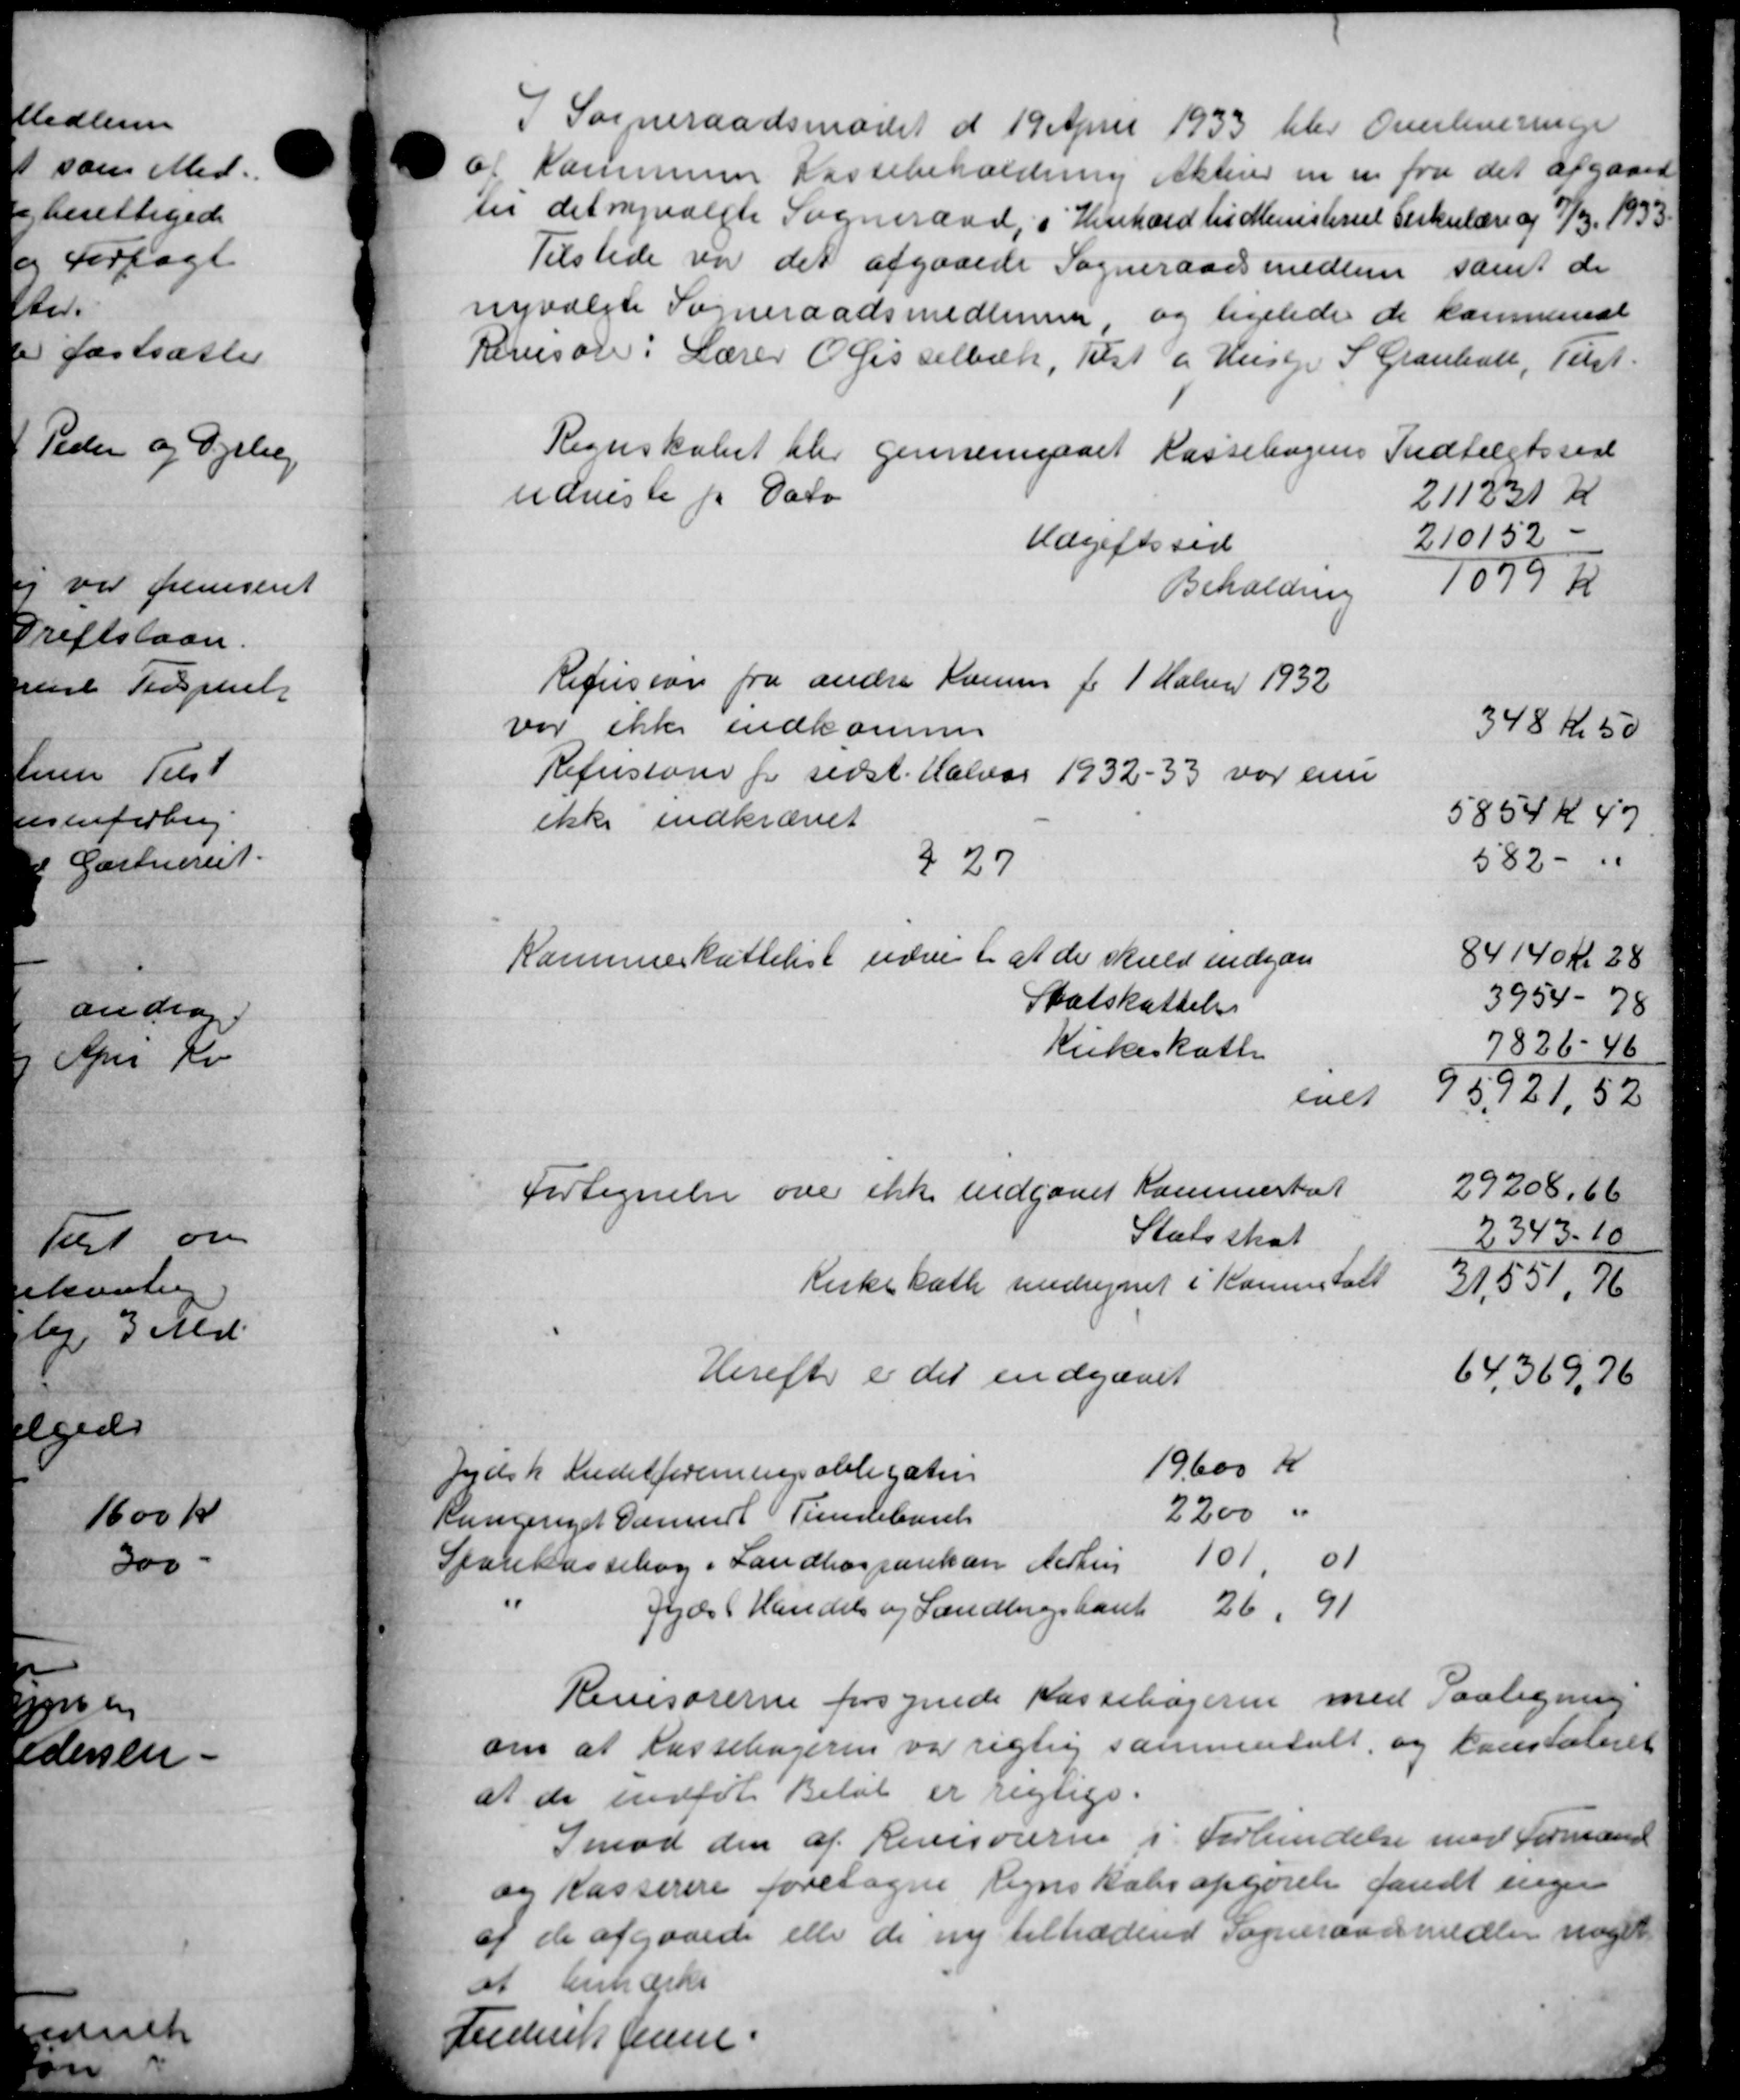
Transskription:
I Sogneraadsmødet d 19 April 1933 blev Overleveringe
 Kommunens Kassebeholdning Aktiver en m. fra det afgaaende
til det nyvalgte Sogneraad, i Henhold til Ministeriet Cirkulære og 7/3 1933.
Tilstede var det afgaaede Sogneraadsmedlem samt de
nyvalgte Sogneraadsmedlemmer, og ligeledes de kommenst
Revisorer i Lærer Olisselbæk, Tist og Husejer S Karebælt, Test.
Regnskabet blev gennemgaaet Kassebogens Indtægtsside
udviste pr Dato
211231 K
Udgiftsted
210152
Beholdning
1079 Kr
Refusion fra andre Komm for 1 Halven 1932
var ikke indkomme
348 Kr 50
Refusioner for sidst. Halvar 1932-33 var eni
ikke indkrævet
5854 K 47
582 -"
227
Kammeskattelist uden i at de skuld indgaar
84140 Kr 28
Statskattelse
3954-78
Kirkeskatte
7826-46
laet
95921, 52
Fortegnelse over ikke indgaaet Kammertal
29208.66
Statsskat
2343-10
Kirkekatte undregnet i Kaminstalt
31,551,76
Herefter er det indgaaet
64,369,76
Jydsk Kreditforeningsobligation
19600 K
Rungeriget Dannert Timebunk
2200 "
Sparekassebog i Landbosparekasse Aarhus 101,01
feds (Handel og Landbrugsbank           26, 91
Revisorerne forsyende Kassebøgerne med Paategning
om at Kassebøgeren var rigtig sammentalt, og konstateret
at de indføt Beløb er rigtige.
Imod den af Revisoreren i Forbendelse med Formand
og Kasserere foretagne Regnskabsopgørelse fandt engen
af de afgaaede eller de ny tiltrædende Sogneraadsmedlem noget
at bemærke
Fuderik Jensen